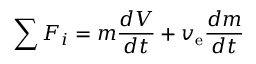
\sum F _ { i } = m { \frac { d V } { d t } } + v _ { \mathrm { e } } { \frac { d m } { d t } }